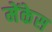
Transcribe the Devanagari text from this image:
मेंकेस